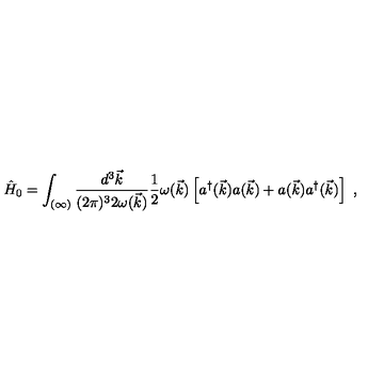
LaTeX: \hat { H } _ { 0 } = \int _ { ( \infty ) } \frac { d ^ { 3 } \vec { k } } { ( 2 \pi ) ^ { 3 } 2 \omega ( \vec { k } ) } \frac { 1 } { 2 } \omega ( \vec { k } ) \left[ a ^ { \dagger } ( \vec { k } ) a ( \vec { k } ) + a ( \vec { k } ) a ^ { \dagger } ( \vec { k } ) \right] \ ,